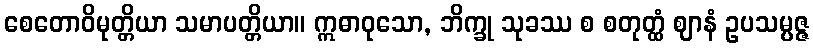
စေတောဝိမုတ္တိယာ သမာပတ္တိယာ။ ဣဓာဝုသော, ဘိက္ခု သုခဿ စ စတုတ္ထံ ဈာနံ ဥပသမ္ပဇ္ဇ